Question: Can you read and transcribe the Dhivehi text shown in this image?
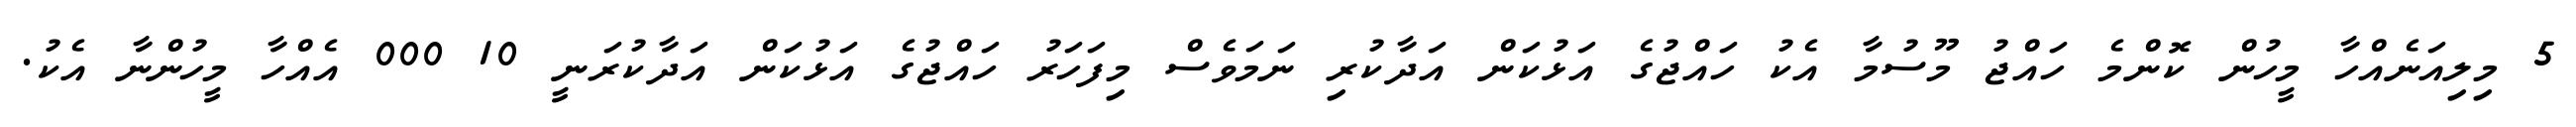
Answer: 5 މިލިއަނެއްހާ މީހުން ކޮންމެ ހައްޖު މޫސުމާ އެކު ހައްޖުގެ އަޅުކަން އަދާކުރި ނަމަވެސް މިފަހަރު ހައްޖުގެ އަޅުކަން އަދާކުރަނީ 10 000 އެއްހާ މީހުންނާ އެކު.